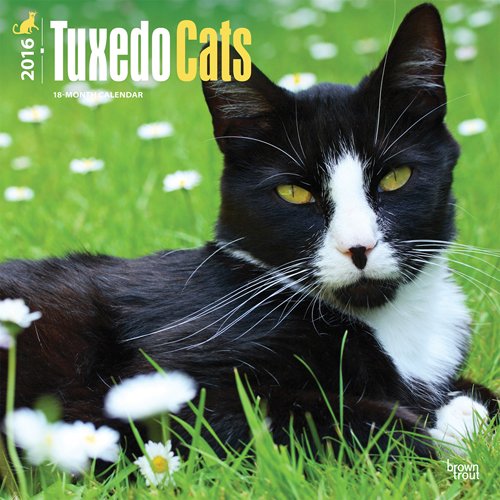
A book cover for Tuxedo Cats 2016 Square 12x12; Browntrout Publishers; Calendars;